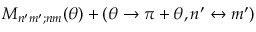
{ \cal M } _ { n ^ { \prime } m ^ { \prime } ; n m } ( \theta ) + ( \theta \rightarrow \pi + \theta , n ^ { \prime } \leftrightarrow m ^ { \prime } )